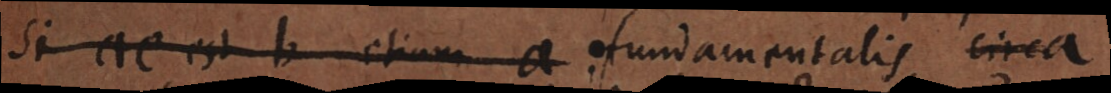
Si ac est b etiam a fundamentalis circa